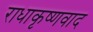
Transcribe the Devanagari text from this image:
राधाकृष्णवाद